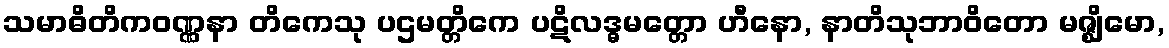
သမာဓိတိကဝဏ္ဏနာ တိကေသု ပဌမတ္တိကေ ပဋိလဒ္ဓမတ္တော ဟီနော, နာတိသုဘာဝိတော မဇ္ဈိမော,